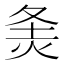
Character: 𰞓